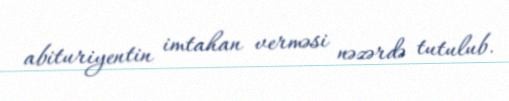
abituriyentin imtahan verməsi nəzərdə tutulub.